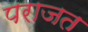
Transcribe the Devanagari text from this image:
पराजत